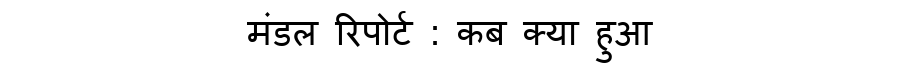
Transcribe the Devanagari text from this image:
मंडल रिपोर्ट : कब क्या हुआ